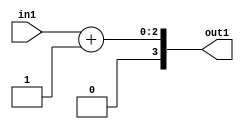
`timescale 1ps / 1ps
/*****************************************************************************
    Verilog RTL Description
    
    
    Created by: Stratus DpOpt 2019.1.01 
*******************************************************************************/

module SobelFilter_Add2i1u2_1 (
	in1,
	out1
	); /* architecture "behavioural" */ 
input [1:0] in1;
output [3:0] out1;
wire [3:0] asc001;

assign asc001 = 
	+(in1)
	+(4'B0001);

assign out1 = asc001;
endmodule

/* CADENCE  urf3TQ4= : u9/ySgnWtBlWxVPRXgAZ4Og= ** DO NOT EDIT THIS LINE ******/